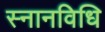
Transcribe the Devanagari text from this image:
स्नानविधि